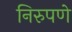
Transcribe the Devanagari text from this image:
निरुपणे